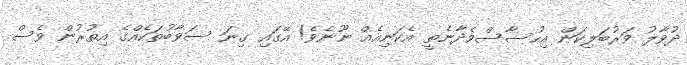
ދުވާލު ވަރުބަލިކަން އިހުސާސްވެދާނެތީ އެކަނިއެއް ނޫނެވެ! އޭގައި ގިނަ ސަވާބުތަކެއްގެ އިތުރުން ވެސް